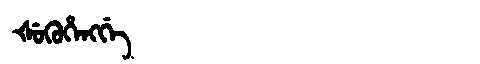
Manchu: ᡧᡠᡴᡠᡥᡝᠩᡤᡝ
Romanization: ŠUKUHENGGE